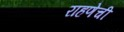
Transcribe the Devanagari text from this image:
राहणेची